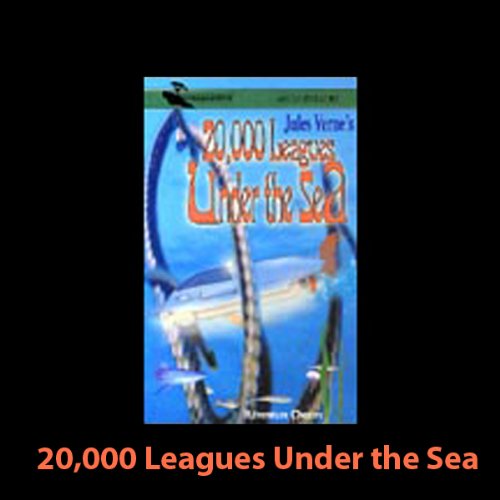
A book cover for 20,000 Leagues Under the Sea (Dramatized); Jules Verne; Literature & Fiction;